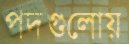
পদগুলোয়